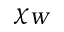
\chi _ { W }